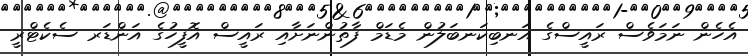
އެހެން ނަމަވެސް ރައީސްގެ އަނބިކަނބަލުން މެޑަމް ފާތުންނަށާއި ރައީސް އޮފީހުގެ އަންޑަރ ސެކެޓްރީ